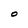
Character: O